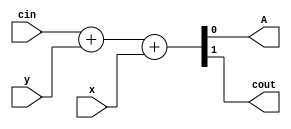
/*
module fa(clk,x,y,cin,A,cout); //full adder
input clk;
input x;
input y;
input cin;
output A;
output cout;
always @ (posedge clk)

endmodule
*/

module fa
(
 input x,
 input y,
 input cin,
 
 output A, 
 output cout
 );
 
assign {cout,A} =  cin + y + x;
 
endmodule